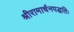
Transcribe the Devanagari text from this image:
श्रीरामार्चनपद्धतिः